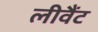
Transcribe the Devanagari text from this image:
लीवैंट